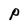
Character: P